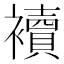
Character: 襩